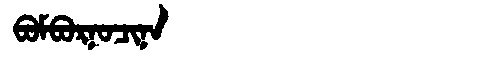
Manchu: ᠪᠣᠮᠪᠣᡵᠨᠣᠴᡳᠨᠠ
Romanization: BOMBORNOCINA